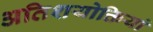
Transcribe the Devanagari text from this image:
अतिशयोक्तियां